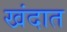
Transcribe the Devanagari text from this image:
खंदात